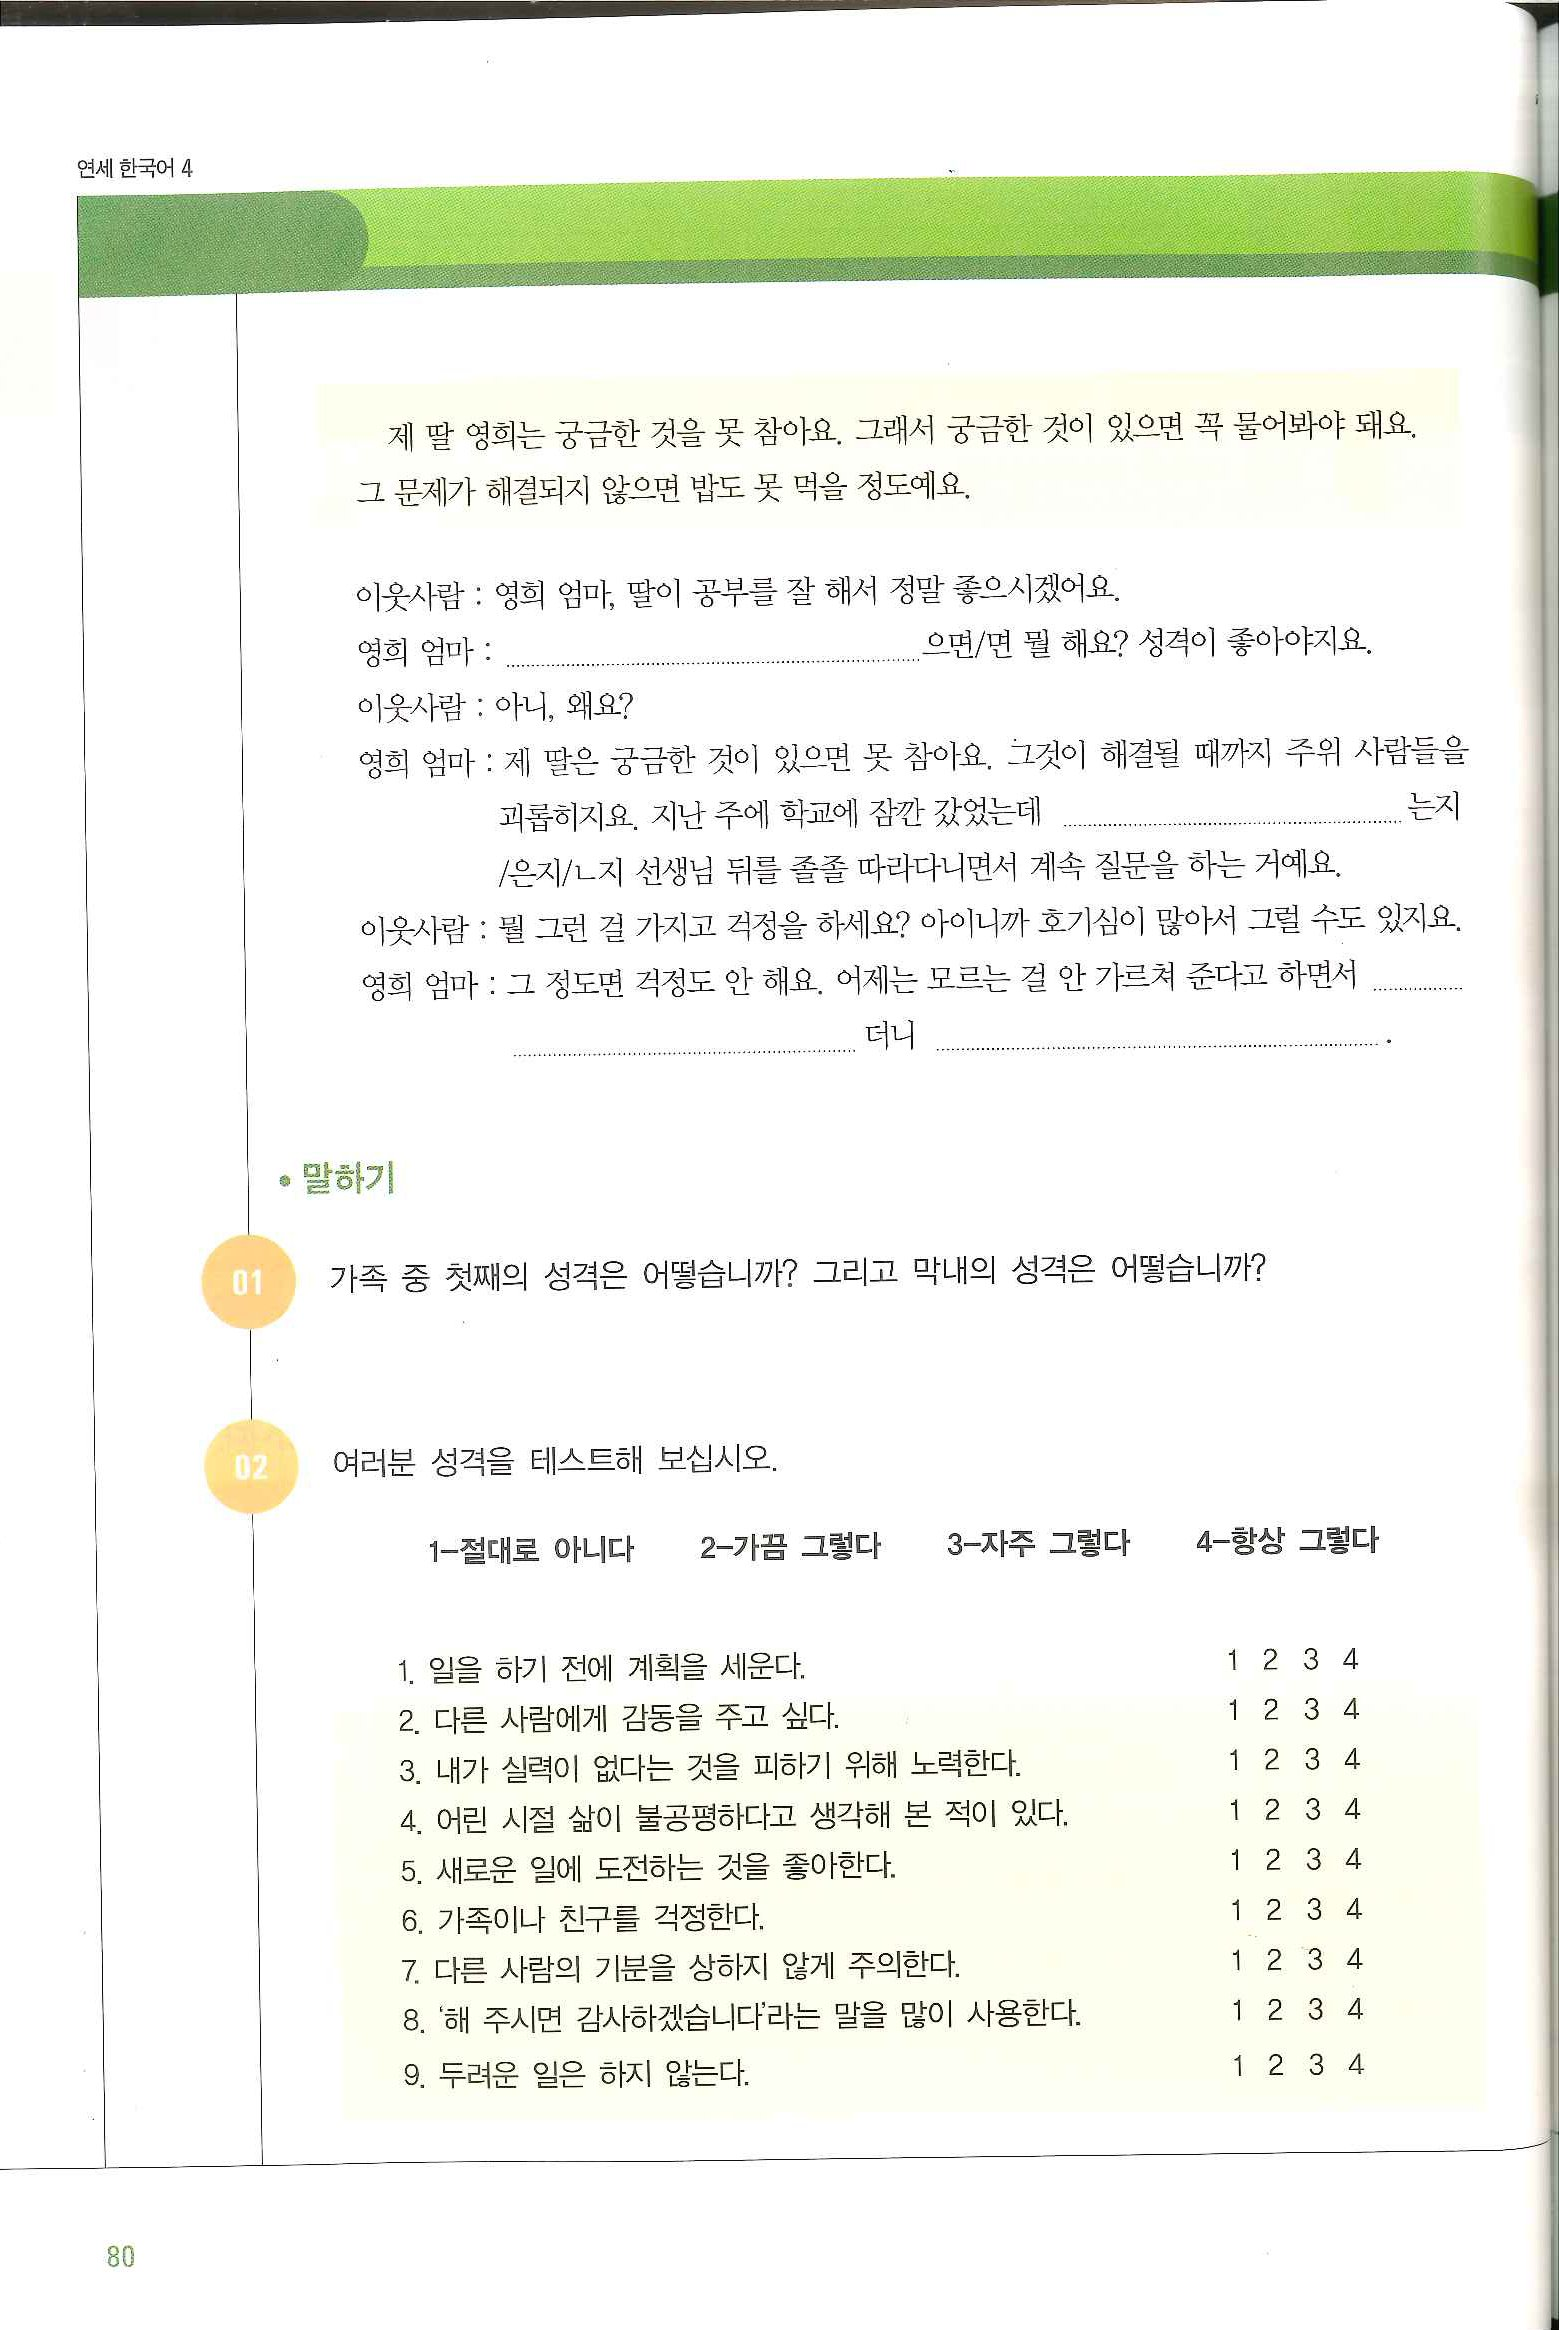
Language: ko